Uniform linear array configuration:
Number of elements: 48
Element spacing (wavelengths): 0.75
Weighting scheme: kaiser
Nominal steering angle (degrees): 60
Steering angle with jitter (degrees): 58.76
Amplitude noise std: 0.05
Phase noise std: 0.05

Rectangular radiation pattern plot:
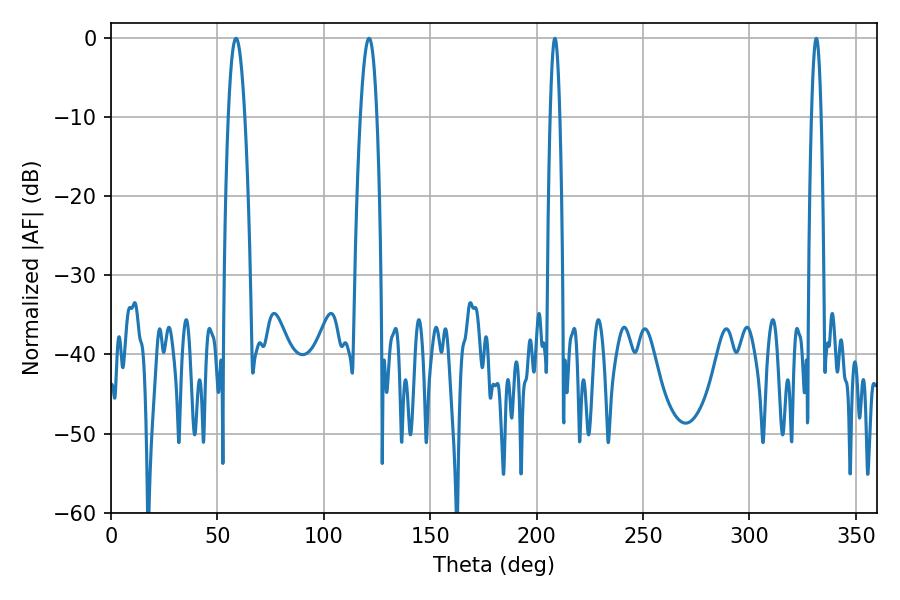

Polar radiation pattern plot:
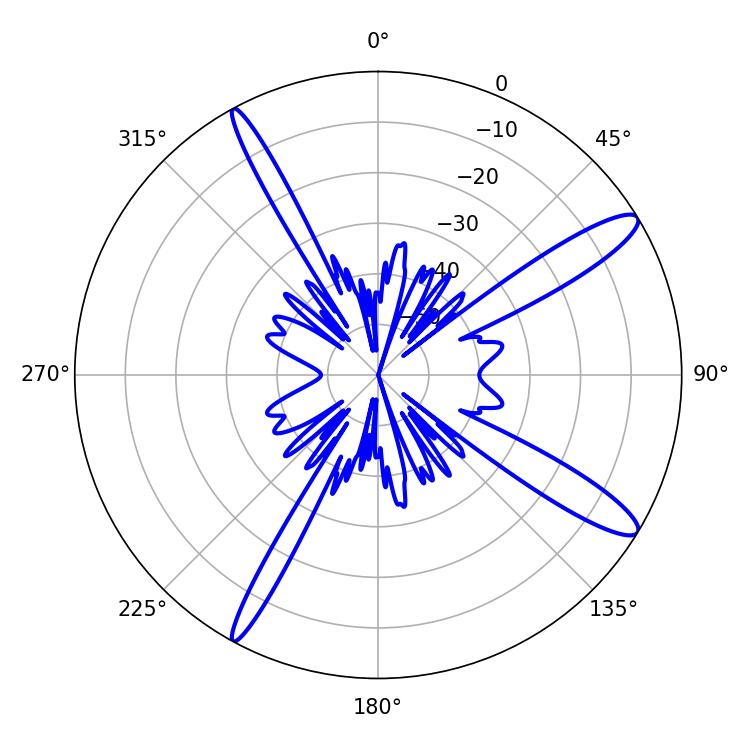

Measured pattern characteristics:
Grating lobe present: TRUE
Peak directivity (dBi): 13.328
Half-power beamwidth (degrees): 2.52
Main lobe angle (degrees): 208.62